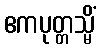
ဧကပုတ္တသ္မိံ